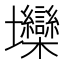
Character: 𱘞